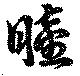
睦